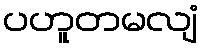
ပဟူတမလျံ